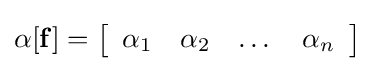
\alpha [\mathbf {f} ]={\big \lbrack }{\begin{array}{cccc}\alpha _{1}&\alpha _{2}&\dots &\alpha _{n}\end{array}}{\big \rbrack }